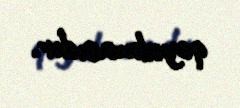
qoyulmasıdır.